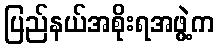
ပြည်နယ်အစိုးရအဖွဲ့က